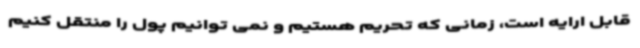
قابل ارایه است، زمانی که تحریم هستیم و نمی توانیم پول را منتقل کنیم